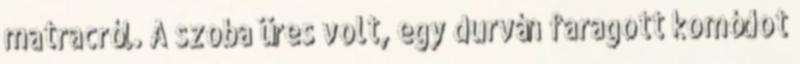
matracról. A szoba üres volt, egy durván faragott komódot